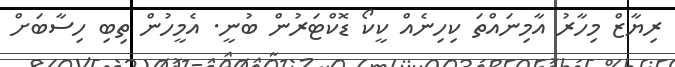
ރިޔާޒް މިހާރު އާމިނައްތަ ކިހިނެއް ކީކޯ ޑޮކްޓަރުން ބުނީ. އެމީހުން ތިބި ހިސާބަށް